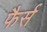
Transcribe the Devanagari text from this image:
फैर्स